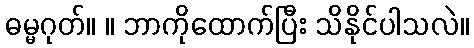
ဓမ္မဂုတ်။ ။ ဘာကိုထောက်ပြီး သိနိုင်ပါသလဲ။